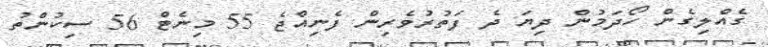
ގެއްލިގެން ހޯދަމުން ދިޔަ ދެ ފަތުރުވެރިން ފެނިއްޖެ 55 މިނެޓް 56 ސިކުންތު